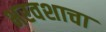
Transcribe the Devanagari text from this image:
भरवशाचा